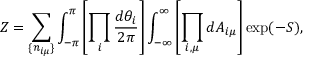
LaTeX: Z = \sum _ { \{ n _ { i \mu } \} } \int _ { - \pi } ^ { \pi } \left[ \prod _ { i } \frac { d \theta _ { i } } { 2 \pi } \right] \int _ { - \infty } ^ { \infty } \left[ \prod _ { i , \mu } d A _ { i \mu } \right] \exp ( - S ) ,